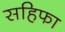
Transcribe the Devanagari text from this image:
सहिफा